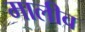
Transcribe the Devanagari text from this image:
मालीव